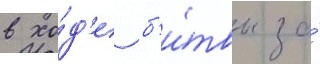
в хо́д'е б'и́твы за́